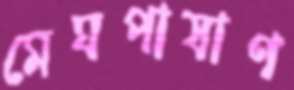
মেঘপাষাণ